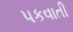
પકવાતી